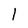
Character: 1